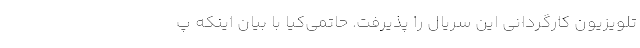
تلویزیون کارگردانی این سریال را پذیرفت. حاتمی‌کیا با بیان اینکه پ